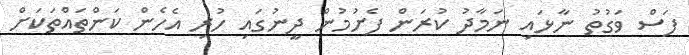
ފަސް ވަގުތު ނާޅައި ނަމާދު ކުރަން ފެށުމުން ދީނުގައި ހުރި އެހެން ކަންތައްތަކަށް